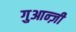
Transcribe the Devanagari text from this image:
गुआन्ज़ी